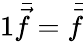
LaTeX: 1\bar{\vec{f}}=\bar{\vec{f}}